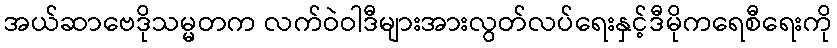
အယ်ဆာဗေဒိုသမ္မတက လက်ဝဲဝါဒီများအားလွတ်လပ်ရေးနှင့်ဒီမိုကရေစီရေးကို